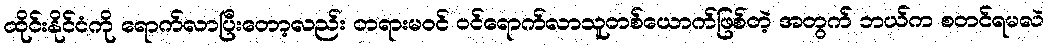
ထိုင်းနိုင်ငံကို ရောက်လာပြီးတော့လည်း တရားမဝင် ဝင်ရောက်လာသူတစ်ယောက်ဖြစ်တဲ့ အတွက် ဘယ်က စတင်ရမလဲ